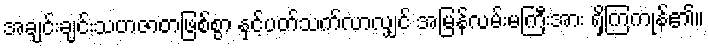
အချင်းချင်းသဟဇာတဖြစ်စွာ နှင့်ပတ်သက်လာလျှင် အမြန်လမ်းမကြီးအား ရှိကြကုန်၏။